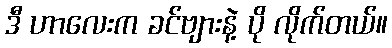
ဒီ ဟာလေးက ခင်ဗျားနဲ့ ပို လိုက်တယ်။